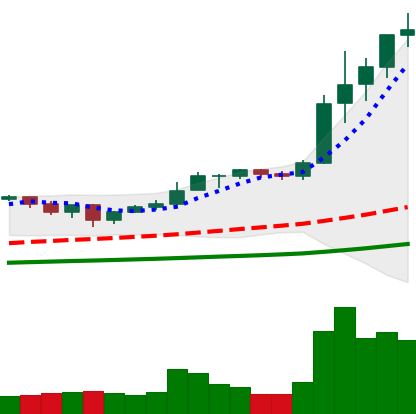
Ticker: ETH-USD
Chart end date: 2021-01-07
Forward return: -14.869%
Label: down_7plus